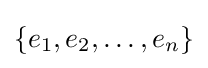
\left\{{e_{1},e_{2},\ldots ,e_{n}}\right\}